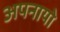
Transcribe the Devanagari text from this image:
अपनायो